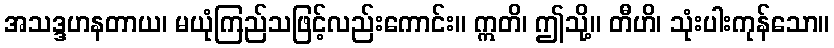
အသဒ္ဒဟနတာယ၊ မယုံကြည်သဖြင့်လည်းကောင်း။ ဣတိ၊ ဤသို့။ တီဟိ၊ သုံးပါးကုန်သော။